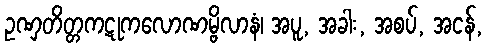
ဥဏှတိတ္တကဋုကလောဏမ္ဗိလာနံ၊ အပူ, အခါး, အစပ်, အငန်,